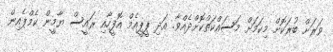
ވަރަށް ބުރަކޮށް މިކަމަށް މަސައްކަތްކޮށްދެއްވާ. އަދި ޕީޕީއެމް އޮފީހާއި ރައީސް ޔާމީން ކެމްޕެއިން